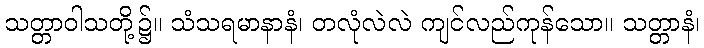
သတ္တာဝါသတို့၌။ သံသရမာနာနံ၊ တလုံလဲလဲ ကျင်လည်ကုန်သော။ သတ္တာနံ၊